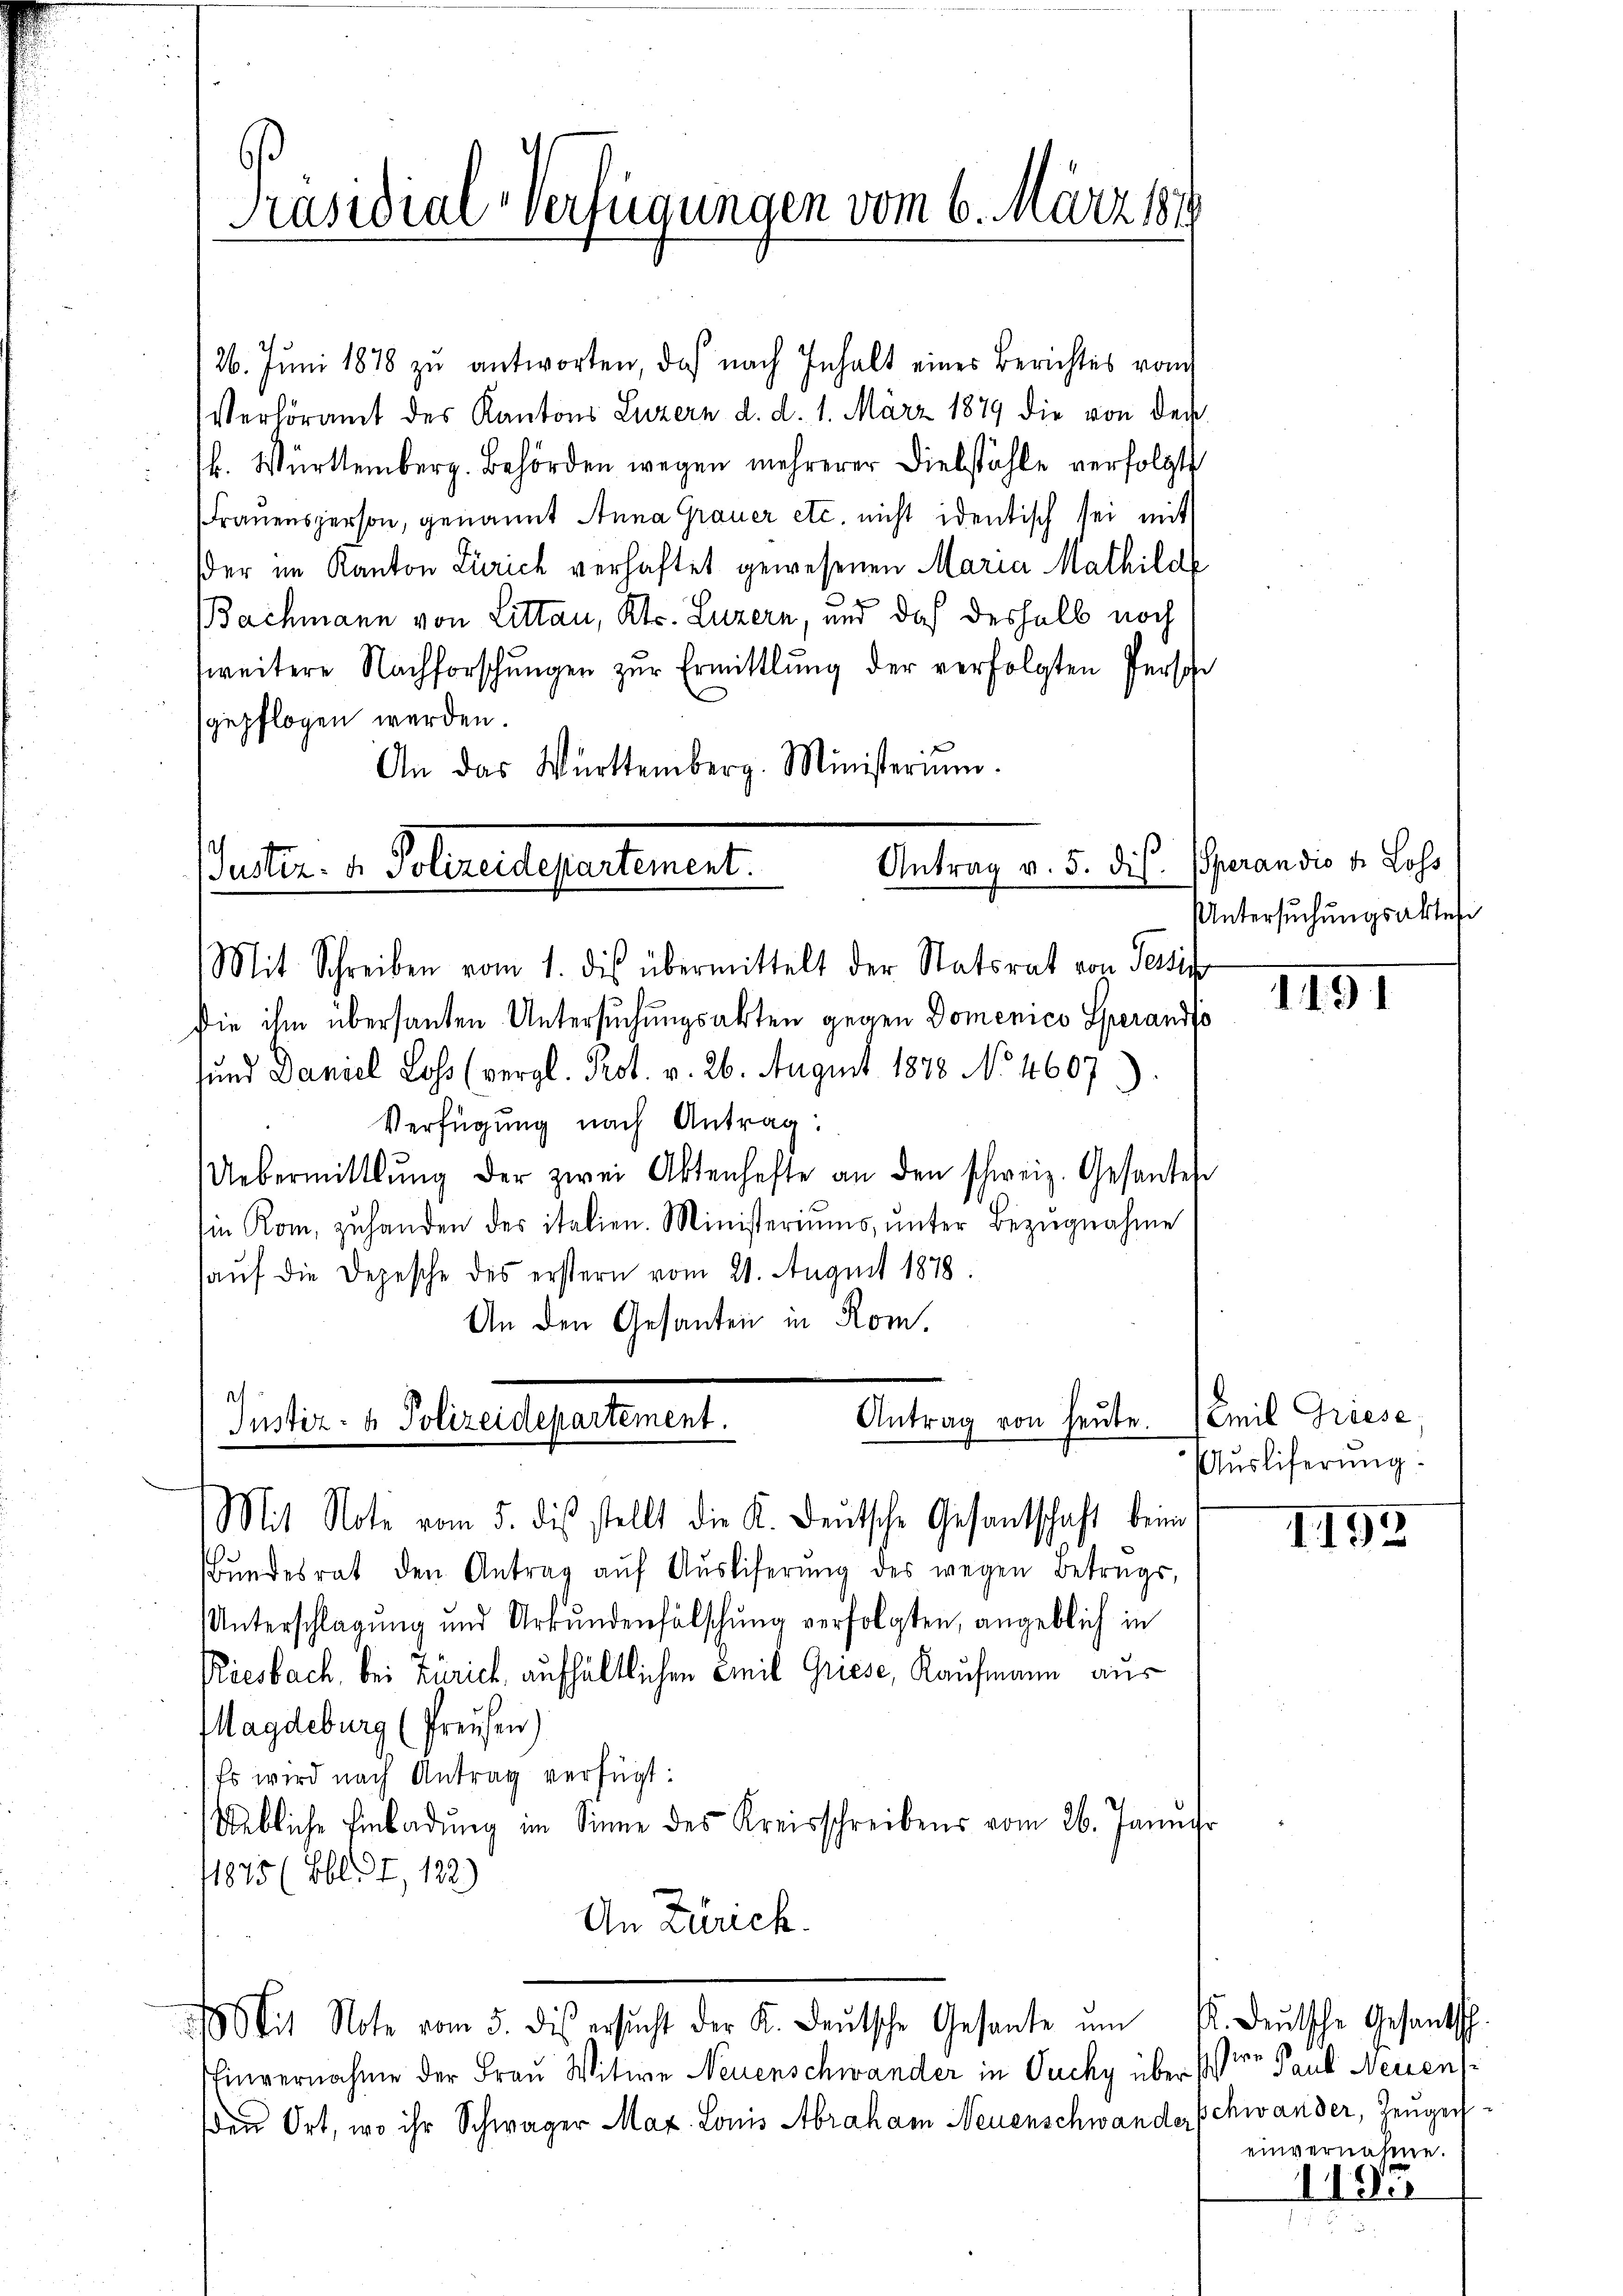
Präsidial-Verfügungen vom 6. März 187

126. Jŭni 1878 zŭ antworten, daß nach Inhalt eines Berichtes vom
Verlöramt des Kantons Luzern d. d. 1. März 1879 die von der
b. Württemberg. Behörden wegen mehrerer Diebstähle verfolgt
Frauensperson, genannt Anna Grauer etc. nicht identisch sei mit
der im Kanton Zürich verhaftet gewesenen Maria Mathild
Bachmann von Littau, Kts. Luzern, und doch deshalb noch
weitere Nachforschŭngen zur Ermittlung der verfolgten Person
gepflogen werden.
An das Württemberg. Ministerium.

Antrag v. 5. dis.
(unter. v. Polizeidepartement.

a
Antrag von heute.
Justiz- & Polizeidepartement.
Mit Note vom 5. dis stellt die K. Deutsche Gesantschaft beim

Mit Schreiben vom 1. dis übermittelt der Statsrat von Persic
Die ihm übersanten Untersuchungsakten gegen Domenico Sperandt
sund Daniel Loss (vergl. Prot. v. 26. August 1878 No 4607
Verfügung nach Antrag:
Uebermittlung der zwei Aktenhafte an den schweiz. Gesante
Ein Kom, zŭ handen des italien. Ministeriums, ŭnter Bezŭgnahme
aŭf die Depesche des erstern vom 21. August 1878.
An den Gesanten in Rom.
Bŭndesrat den Antrag aŭf Aŭsliferŭng des wegen Betrags-
Unterschlagung und Urkundenfälschung verfolgten, angeblich in
Riesbach, bei Zürich, aufhältlichen Emil Griese, Kaufmann aus
Magdeburg (Preusen)
Es wird nach Antrag verfügt:
Uebliche Einladung im Sinne des Kreisschreibens vom 26. Janu
11875 (Ebl. I, 182)
An Zürich.
it Note vom 5. des ersŭcht der K. Leŭtsche Gesante ŭm fr. deŭtsche Gesantsch.
Tinvernahme der Frau Witwe Neuenschwander in Puchy über ster Paul Herzens
en Ort, wo ihr Schwager Max. Louis Abraham Neuenschwander Schwander, Zeugen¬

Speran die dr Loss
Untersŭchŭngsaktes

1191

Emil Griese
Ausliferung.

1192

einvernahme.
1193